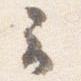
云